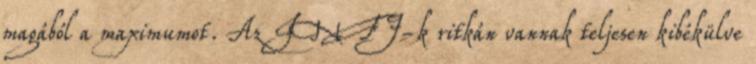
magából a maximumot. Az INFJ-k ritkán vannak teljesen kibékülve